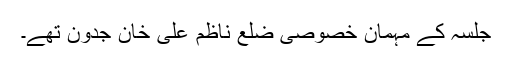
جلسہ کے مہمان خصوصی ضلع ناظم علی خان جدون تھے۔